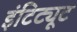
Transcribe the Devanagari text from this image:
इंटिट्यूट